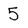
Character: 5